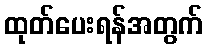
ထုတ်ပေးရန်အတွက်